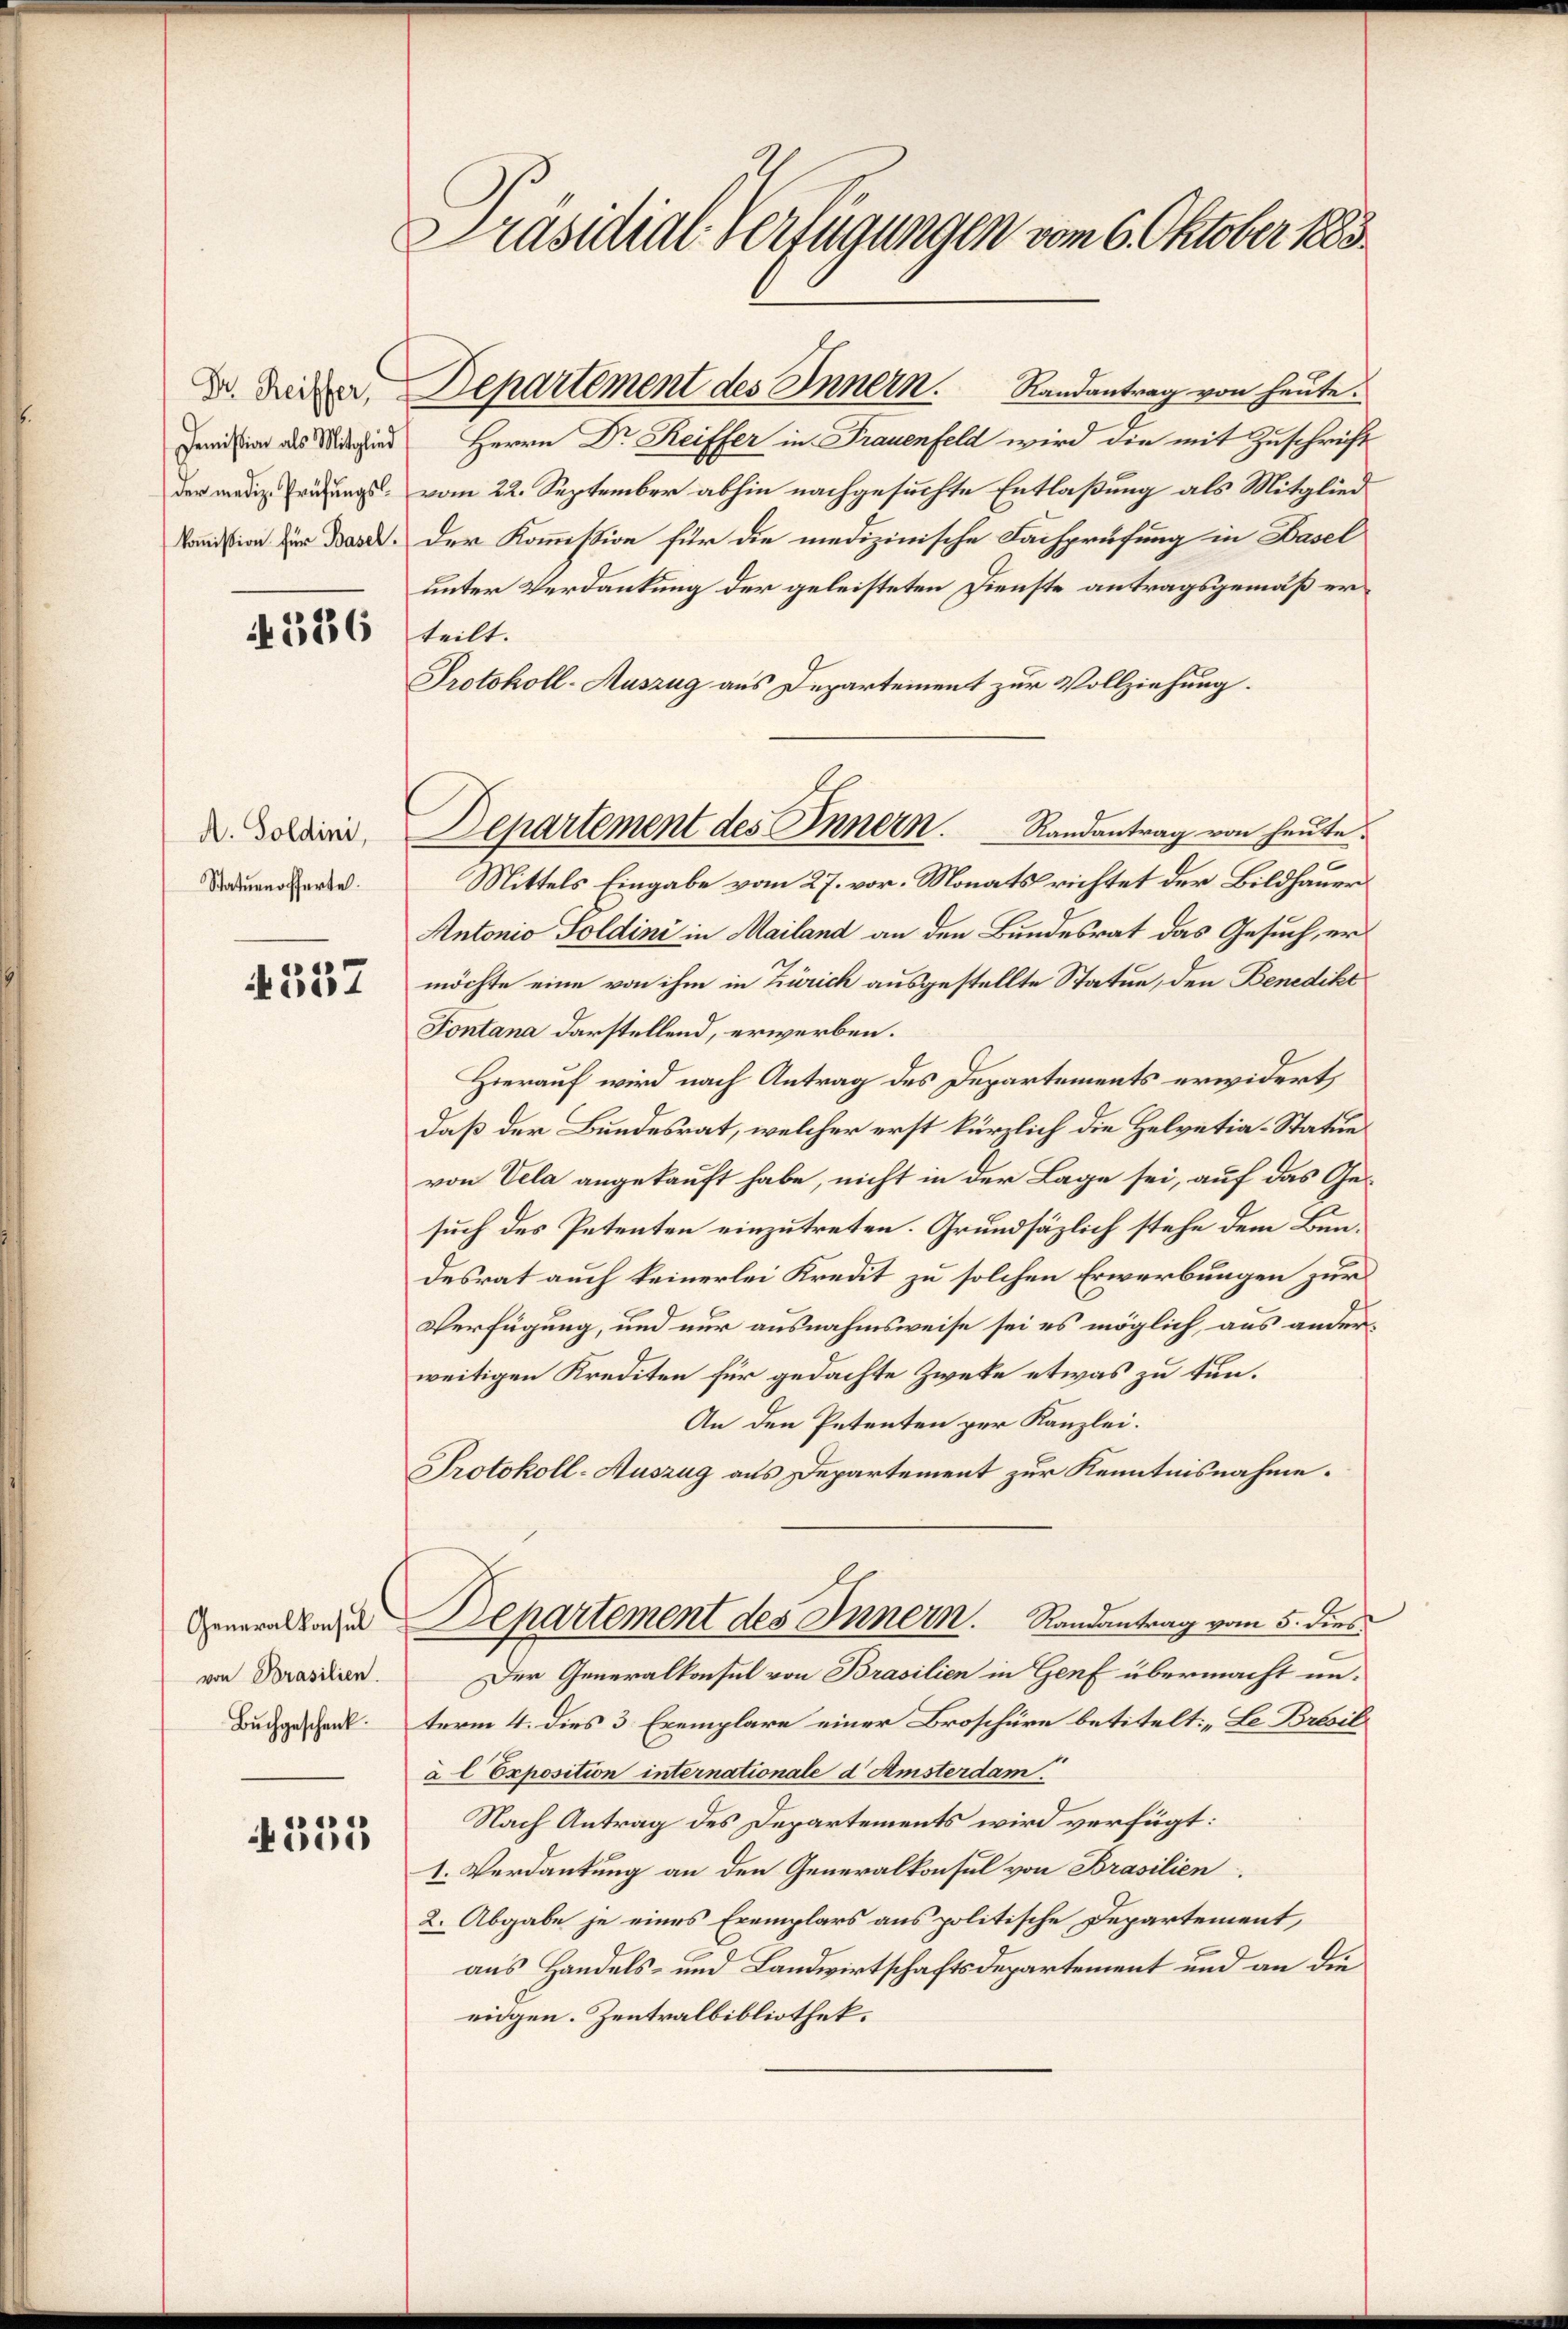
Demission als Mitglied

4586

A. Soldini,
Staturnofferte.

4357

Generalkonsul
von Brasilien.
Buchgeschenk

Präsidial-Verfügungen vom 6. Oktober 1883.

4355

Dr. Leiter, Departement des Innern. Randantrag von heute.

Departement des Innern. Randantrag von heute.

Herrn Dr. Reiffer in Frauenfeld wird die mit Zuschrift
der medige Prüfungsl. vom 22. September abhin nachgesuchte Entlaßung als Mitglied
Komission zur Band. Der Kommission für die medizinische Fachprüfung in Hasel
unter Verdankung der geleisteten Dienste antragsgemäß erteilt.
Protokoll-Auszug aus Departement zur Vollziehung.
Mittels Eingabe vom 27. vor. Monats richtet der Bildhauer
Antonio Soldini in Mailand an den Bundesrat das Gesuch, ermöchte eine von ihm in Zürich ausgestellte Statue, den Benedikt
Tontana darstellend, erwerben.
Hierauf wird nach Antrag des Departements erwidert,
daß der Bundesrat, welcher erst kürzlich die Helvetia-Statuen
von Vela angekauft habe, nicht in der Lage sei, auf das Gesuch des Petenten einzutreten. Grundsäzlich stehe dem Bundesrat auch keinerlei Kredit zu solchen Erwerbungen zur
Verfügung, und nur ausnahmsweise sei es möglich, aus anderweitigen Krediten für gedachte Zweke etwas zu tun.
An den Petenten zur Kanzlei.
Protokoll-Auszug aus Departement zur Kenntnisnahme.
Departement des Innern. Randantrag vom 5. dies
Der Generalkonsul von Brasilien in Genf übermacht un-
term 4. dies 3 Exemplare einer Broschüre betitelt: „Le Brasil
à l Exposition internationale d Amsterdam.
Nach Antrag des Departements wird verfügt:
1. Verdankung an den Generalkonsul von Brasilien
2. Abgabe je eines Exemplars aus politische Departement,
aus Handels- und Landwirtschaftsdepartement und an die
eidgen. Zentralbibliothek.